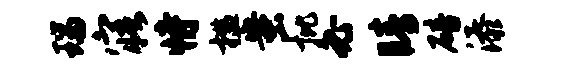
瑞寤恃槛蚩批必睛碚添